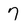
Character: 7